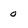
Character: 0